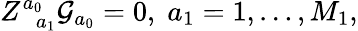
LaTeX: Z_{\; \; a_{1}}^{a_{0}}\mathcal{G}_{a_{0}}=0,\; a_{1}=1,\ldots,M_{1},